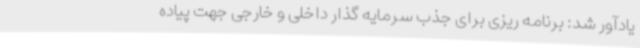
یادآور شد: برنامه ریزی برای جذب سرمایه گذار داخلی و خارجی جهت پیاده